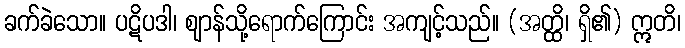
ခက်ခဲသော။ ပဋိပဒါ၊ ဈာန်သို့ရောက်ကြောင်း အကျင့်သည်။ (အတ္ထိ၊ ရှိ၏) ဣတိ၊